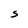
Character: S